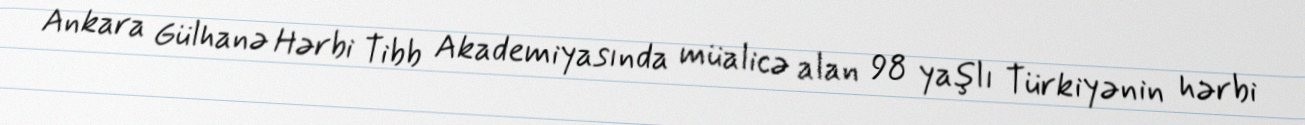
Ankara Gülhanə Hərbi Tibb Akademiyasında müalicə alan 98 yaşlı Türkiyənin hərbi